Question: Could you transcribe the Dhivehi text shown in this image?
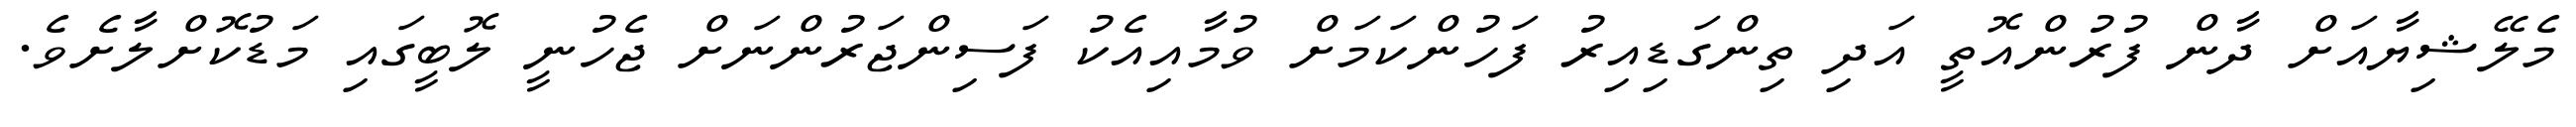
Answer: މެލޭޝިޔާއަށް ދާން ފުރުންއޮތީ އަދި ތިންގަޑިއިރު ފަހުންކަމަށް ވުމާއިއެކު ފަސިންޖަރުންނަށް ޖެހުނީ ލޮބީގައި މަޑުކޮށްލާށެވެ.